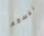
نفسكم